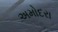
અમોદરા